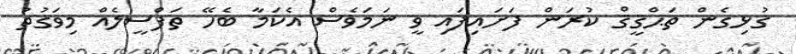
ގުޅިގެން ތަޙްޤީޤް ކުރަން ފަށައިފައި ވީ ނަމަވެސް އެކަމާ ބެހޭ ތަފްސީލެއް މިވަގުތު